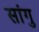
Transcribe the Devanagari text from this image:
सांगु